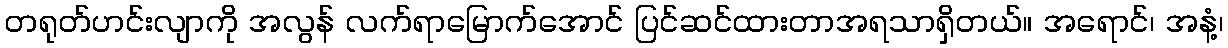
တရုတ်ဟင်းလျာကို အလွန် လက်ရာမြောက်အောင် ပြင်ဆင်ထားတာအရသာရှိတယ်။ အရောင်၊ အနံ့၊